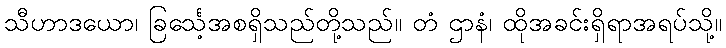
သီဟာဒယော၊ ခြင်္သေ့အစရှိသည်တို့သည်။ တံ ဌာနံ၊ ထိုအခင်းရှိရာအရပ်သို့။